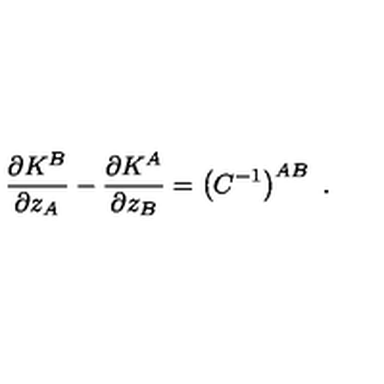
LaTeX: \frac { \partial K ^ { B } } { \partial z _ { A } } - \frac { \partial K ^ { A } } { \partial z _ { B } } = \left( C ^ { - 1 } \right) ^ { A B } \ .